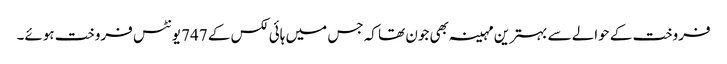
فروخت کے حوالے سے بہترین مہینہ بھی جون تھا کہ جس میں ہائی لکس کے 747 یونٹس فروخت ہوئے۔